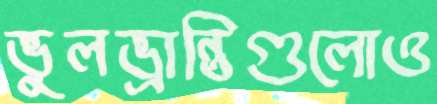
ভুলভ্রান্তিগুলোও